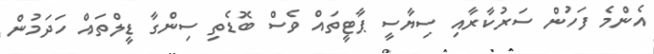
އެންމެ ފަހުން ސަރުކާރާއި ސިޔާސީ ޕާޓީތައް ވެސް ބޮޑެތި ސިންގާ ޑީލްތައް ހަދަމުން